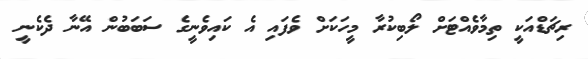
ރިޗަޑްއަކީ ތިމާވެއްޓަށް ލޯބިކުރާ މީހަކަށް ވެފައި އެ ކައިވެނީގެ ސަބަބުން އޭނާ ދެކެނީ